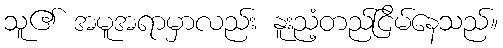
သူ၏ အမူအရာမှာလည်း နူးညံ့တည်ငြိမ်နေသည်။